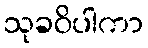
သုခဝိပါကာ